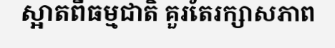
ស្អាតពីធម្មជាតិ គួរតែរក្សាសភាព